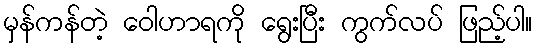
မှန်ကန်တဲ့ ဝေါဟာရကို ရွေးပြီး ကွက်လပ် ဖြည့်ပါ။